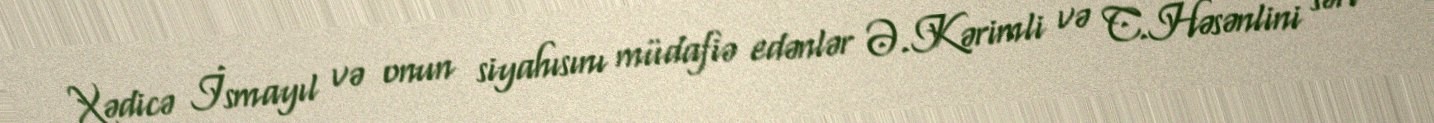
Xədicə İsmayıl və onun siyahısını müdafiə edənlər Ə.Kərimli və C.Həsənlini sərt